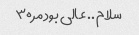
سلام.. عالی بود مر۳۰